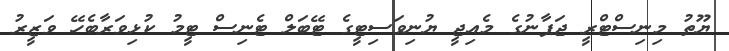
ޔޫތު މިނިސްޓްރީ ޖަޕާނުގެ މެއިޖީ ޔުނިވަސިޓީގެ ޓޭބަލް ޓެނިސް ޓީމު ކުޅިވަރާބެހޭ ވަޒީރު